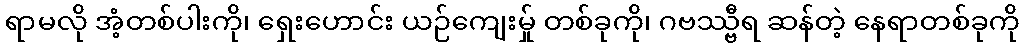
ရာမလို အံ့တစ်ပါးကို၊ ရှေးဟောင်း ယဉ်ကျေးမ်ှု တစ်ခုကို၊ ဂဗဿ္ဗီရ ဆန်တဲ့ နေရာတစ်ခုကို